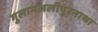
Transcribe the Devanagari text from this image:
गुलामअलीपुरनाथा